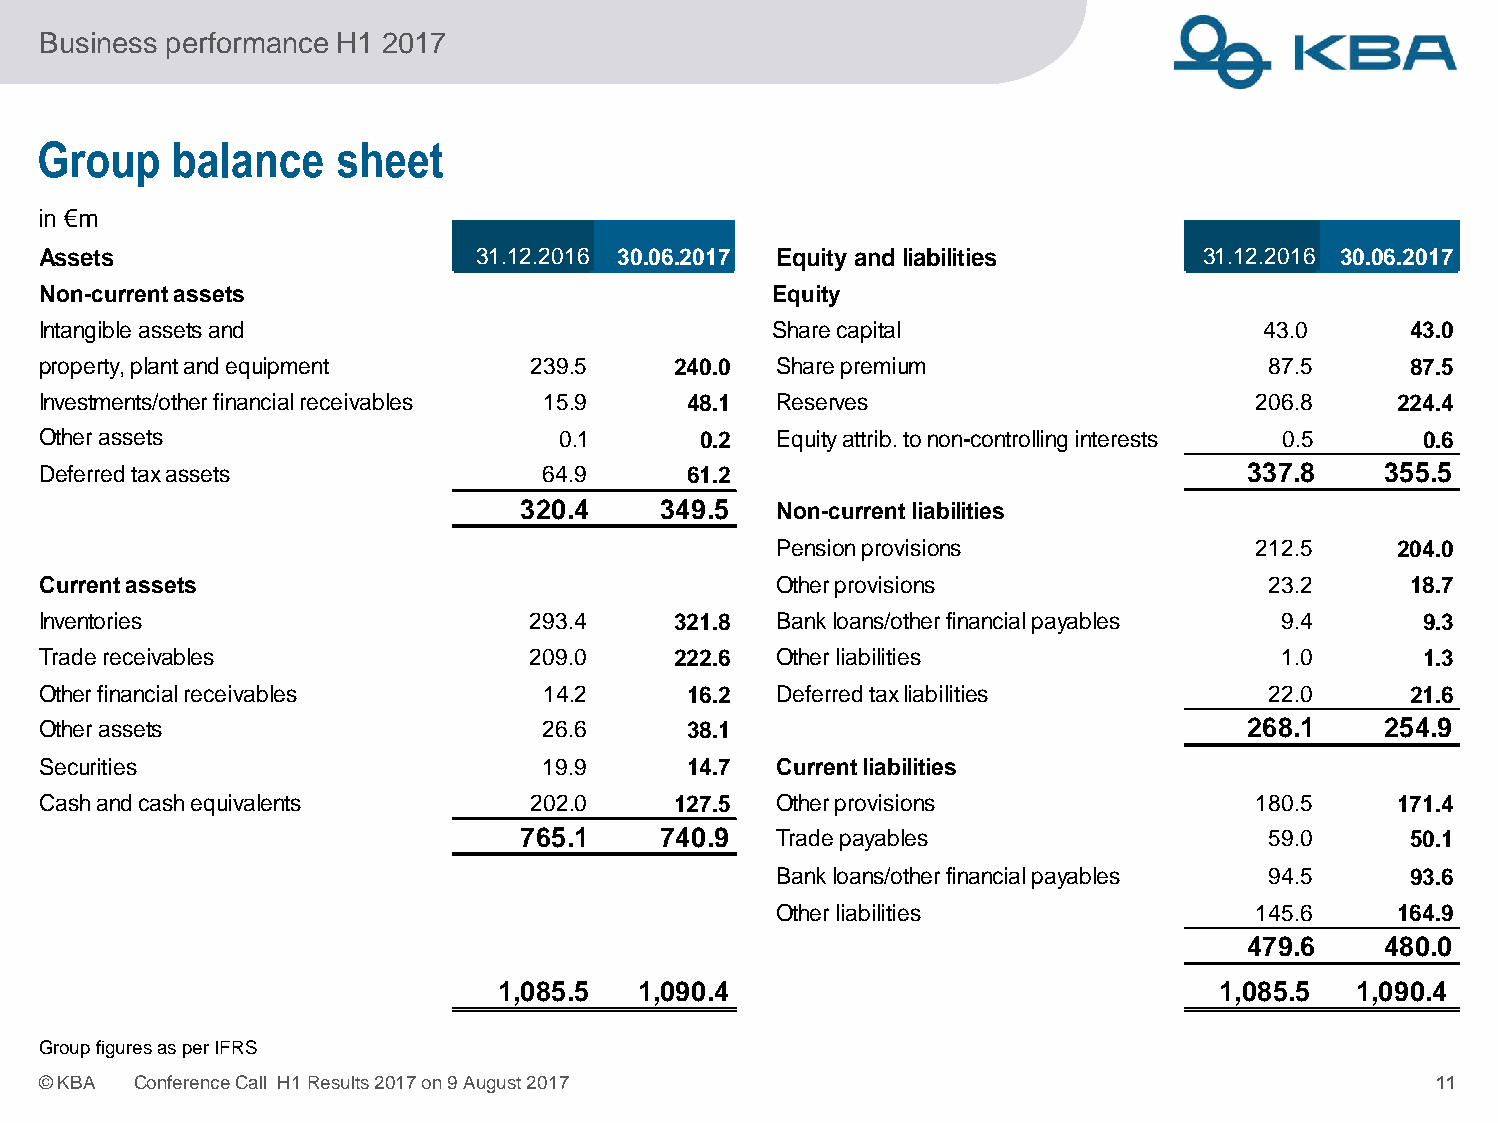
Business performance H1 2017
 Group    balance    sheet
 in €m
 Assets                       31.12.2016 30.06.2017 Equity and liabilities    31.12.2016 30.06.2017
 Non-currentassets                                Equity
 Intangibleassetsand                              Sharecapital                    43.0      43.0
 property,plantandequipment       239.5    240.0  Sharepremium                     87.5     87.5
 Investments/otherfinancialreceivables 15.9 48.1  Reserves                        206.8    224.4
 Otherassets                        0.1      0.2  Equityattrib.tonon-controllinginterests 0.5 0.6
 Deferredtaxassets                64.9      61.2                                 337.8    355.5
 320.4    349.5   Non-currentliabilities
 Pensionprovisions               212.5    204.0
 Currentassets                                    Otherprovisions                  23.2     18.7
 Inventories                      293.4    321.8  Bankloans/otherfinancialpayables 9.4       9.3
 Tradereceivables                 209.0    222.6  Otherliabilities                 1.0       1.3
 Otherfinancialreceivables        14.2      16.2  Deferredtaxliabilities           22.0     21.6
 Otherassets                      26.6      38.1                                 268.1    254.9
 Securities                       19.9      14.7  Currentliabilities
 Cashandcashequivalents           202.0    127.5  Otherprovisions                 180.5    171.4
 765.1    740.9   Tradepayables                    59.0     50.1
 Bankloans/otherfinancialpayables 94.5     93.6
 Otherliabilities                145.6    164.9
 479.6    480.0
 1,085.5   1,090.4                               1,085.5  1,090.4
 GroupfiguresasperIFRS
 ©KBA  ConferenceCall H1Results2017on9August2017                                              11